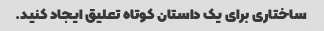
ساختاری برای یک داستان کوتاه تعلیق ایجاد کنید.